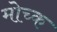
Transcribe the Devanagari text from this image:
मोच्क